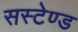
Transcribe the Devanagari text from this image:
सस्टेण्ड